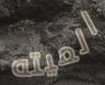
الميته